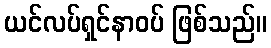
ယင်လပ်ရှင်နာဝပ် ဖြစ်သည်။